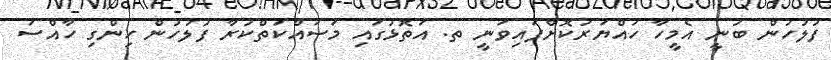
ފުލުހުން ބުނީ އެމީހާ ހައްޔަރުކޮށްފައިވަނީ ތ. އަތޮޅުގައި މަސައްކަތްކުރާ ފުލުހުން ހިންގި ހާއްސަ